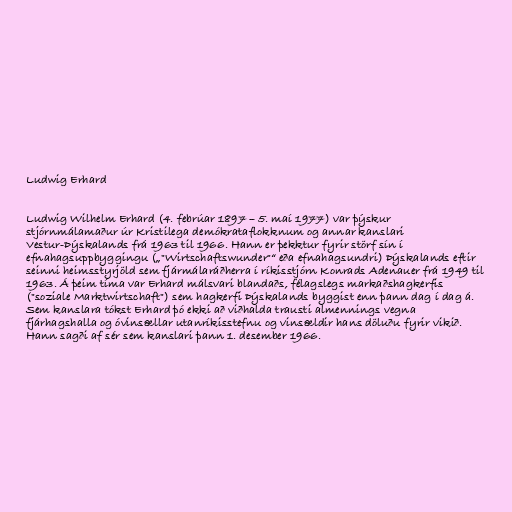
Ludwig Erhard

Ludwig Wilhelm Erhard (4. febrúar 1897 – 5. maí 1977) var þýskur
stjórnmálamaður úr Kristilega demókrataflokknum og annar kanslari
Vestur-Þýskalands frá 1963 til 1966. Hann er þekktur fyrir störf sín í
efnahagsuppbyggingu („"Wirtschaftswunder"“ eða efnahagsundri) Þýskalands eftir
seinni heimsstyrjöld sem fjármálaráðherra í ríkisstjórn Konrads Adenauer frá 1949 til
1963. Á þeim tíma var Erhard málsvari blandaðs, félagslegs markaðshagkerfis
("soziale Marktwirtschaft") sem hagkerfi Þýskalands byggist enn þann dag í dag á.
Sem kanslara tókst Erhard þó ekki að viðhalda trausti almennings vegna
fjárhagshalla og óvinsællar utanríkisstefnu og vinsældir hans döluðu fyrir vikið.
Hann sagði af sér sem kanslari þann 1. desember 1966.